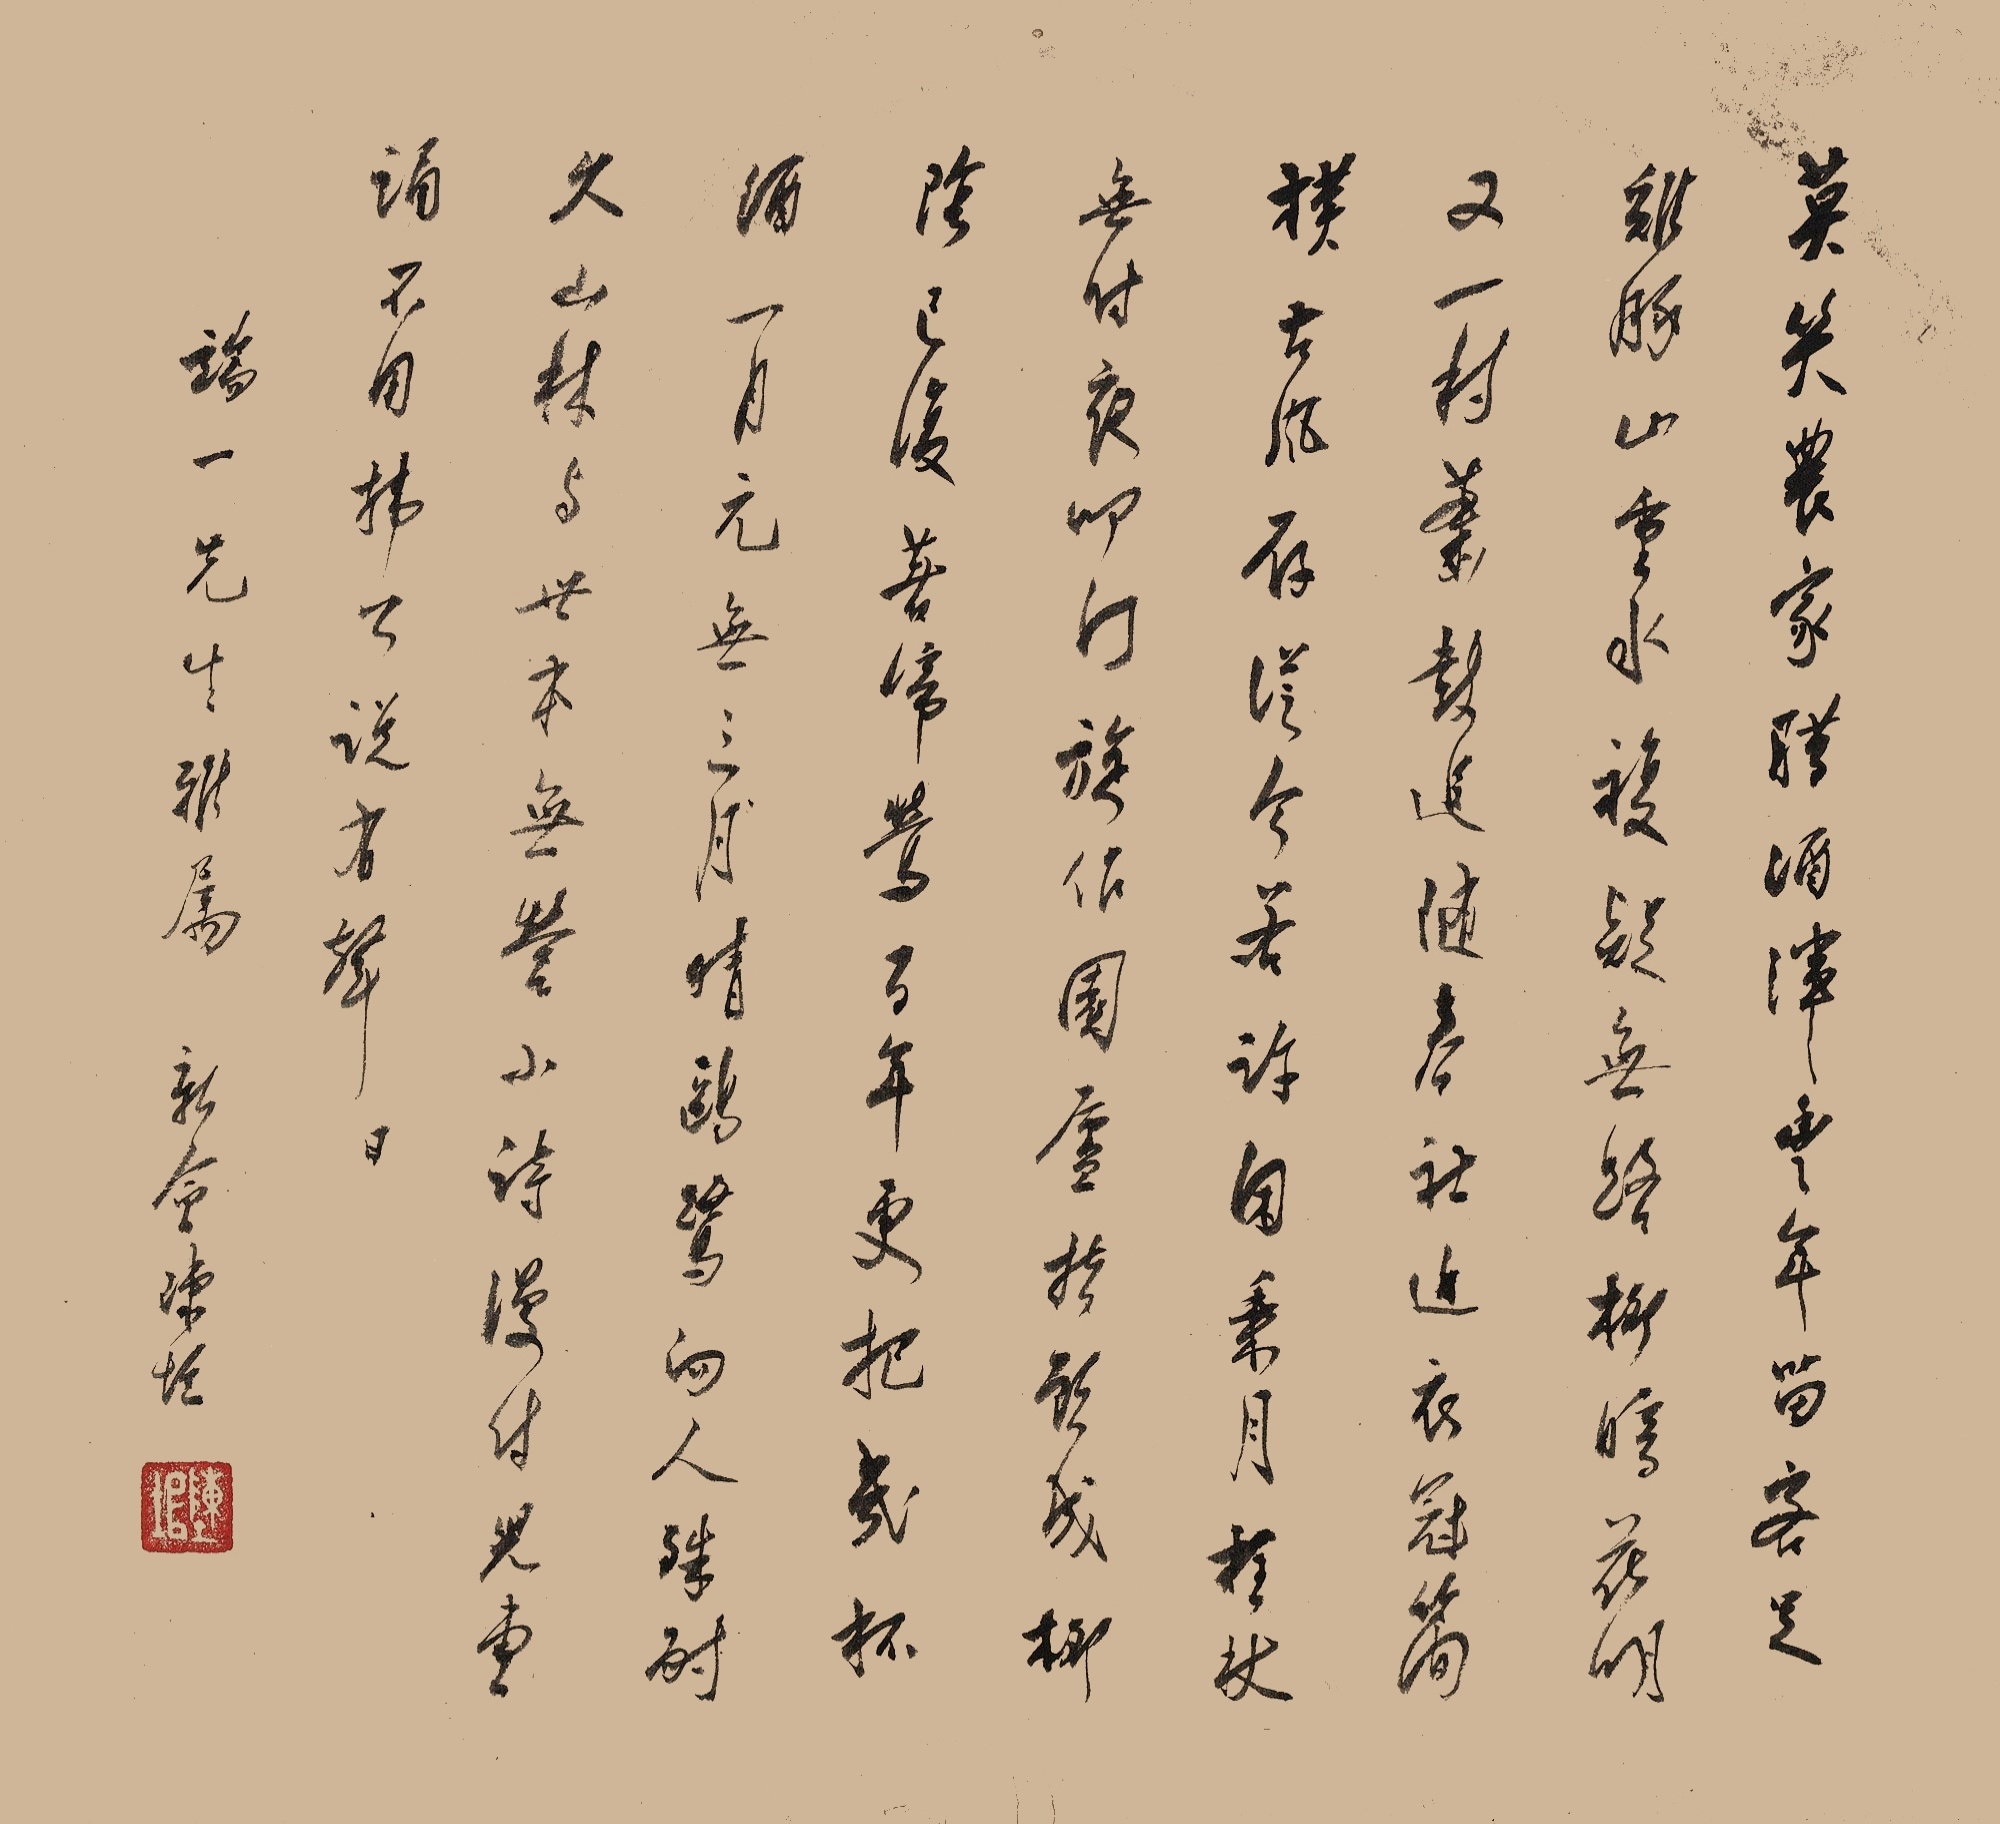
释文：莫笑农家腊酒浑，丰年留客足鸡豚。山重水复疑无路，柳暗花明又一村。箫鼓追随春社近，衣冠简朴古风存。从今若许闲乘月，拄杖无时夜叩门。旋作园庐指顾成，柳阴已复着啼莺。百年更把几杯酒，一月元无三日暗。鸥鹭向人殊耐久，山林与世本无营。小诗漫付儿曹诵，不用韩公说有声。端一先生雅属，新会陈垣。